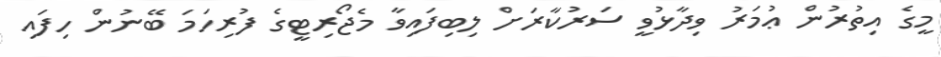
މީގެ އިތުރުން ޢުމަރު ވިދާޅުވީ ސަރުކާރަށް ލިބިފައިވާ މެޖޯރިޓީގެ ފުރިހަމަ ބޭނުން ހިފައި